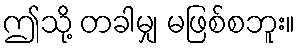
ဤသို့ တခါမျှ မဖြစ်စဘူး။